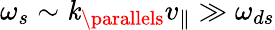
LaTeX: \omega_{s}\sim\mathit{k}_{\parallels}v_{\parallel}\gg\omega_{ds}